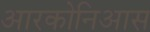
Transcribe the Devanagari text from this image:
आरकोनिआस